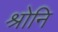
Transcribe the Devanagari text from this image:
श्रोनि